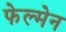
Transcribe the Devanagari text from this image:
फेल्मेन